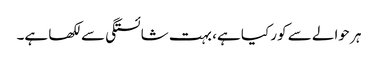
ہر حوالے سے کور کیا ہے، بہت شائستگی سے لکھا ہے۔